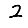
Digit: 2